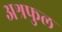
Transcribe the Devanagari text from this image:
अश्रफुल